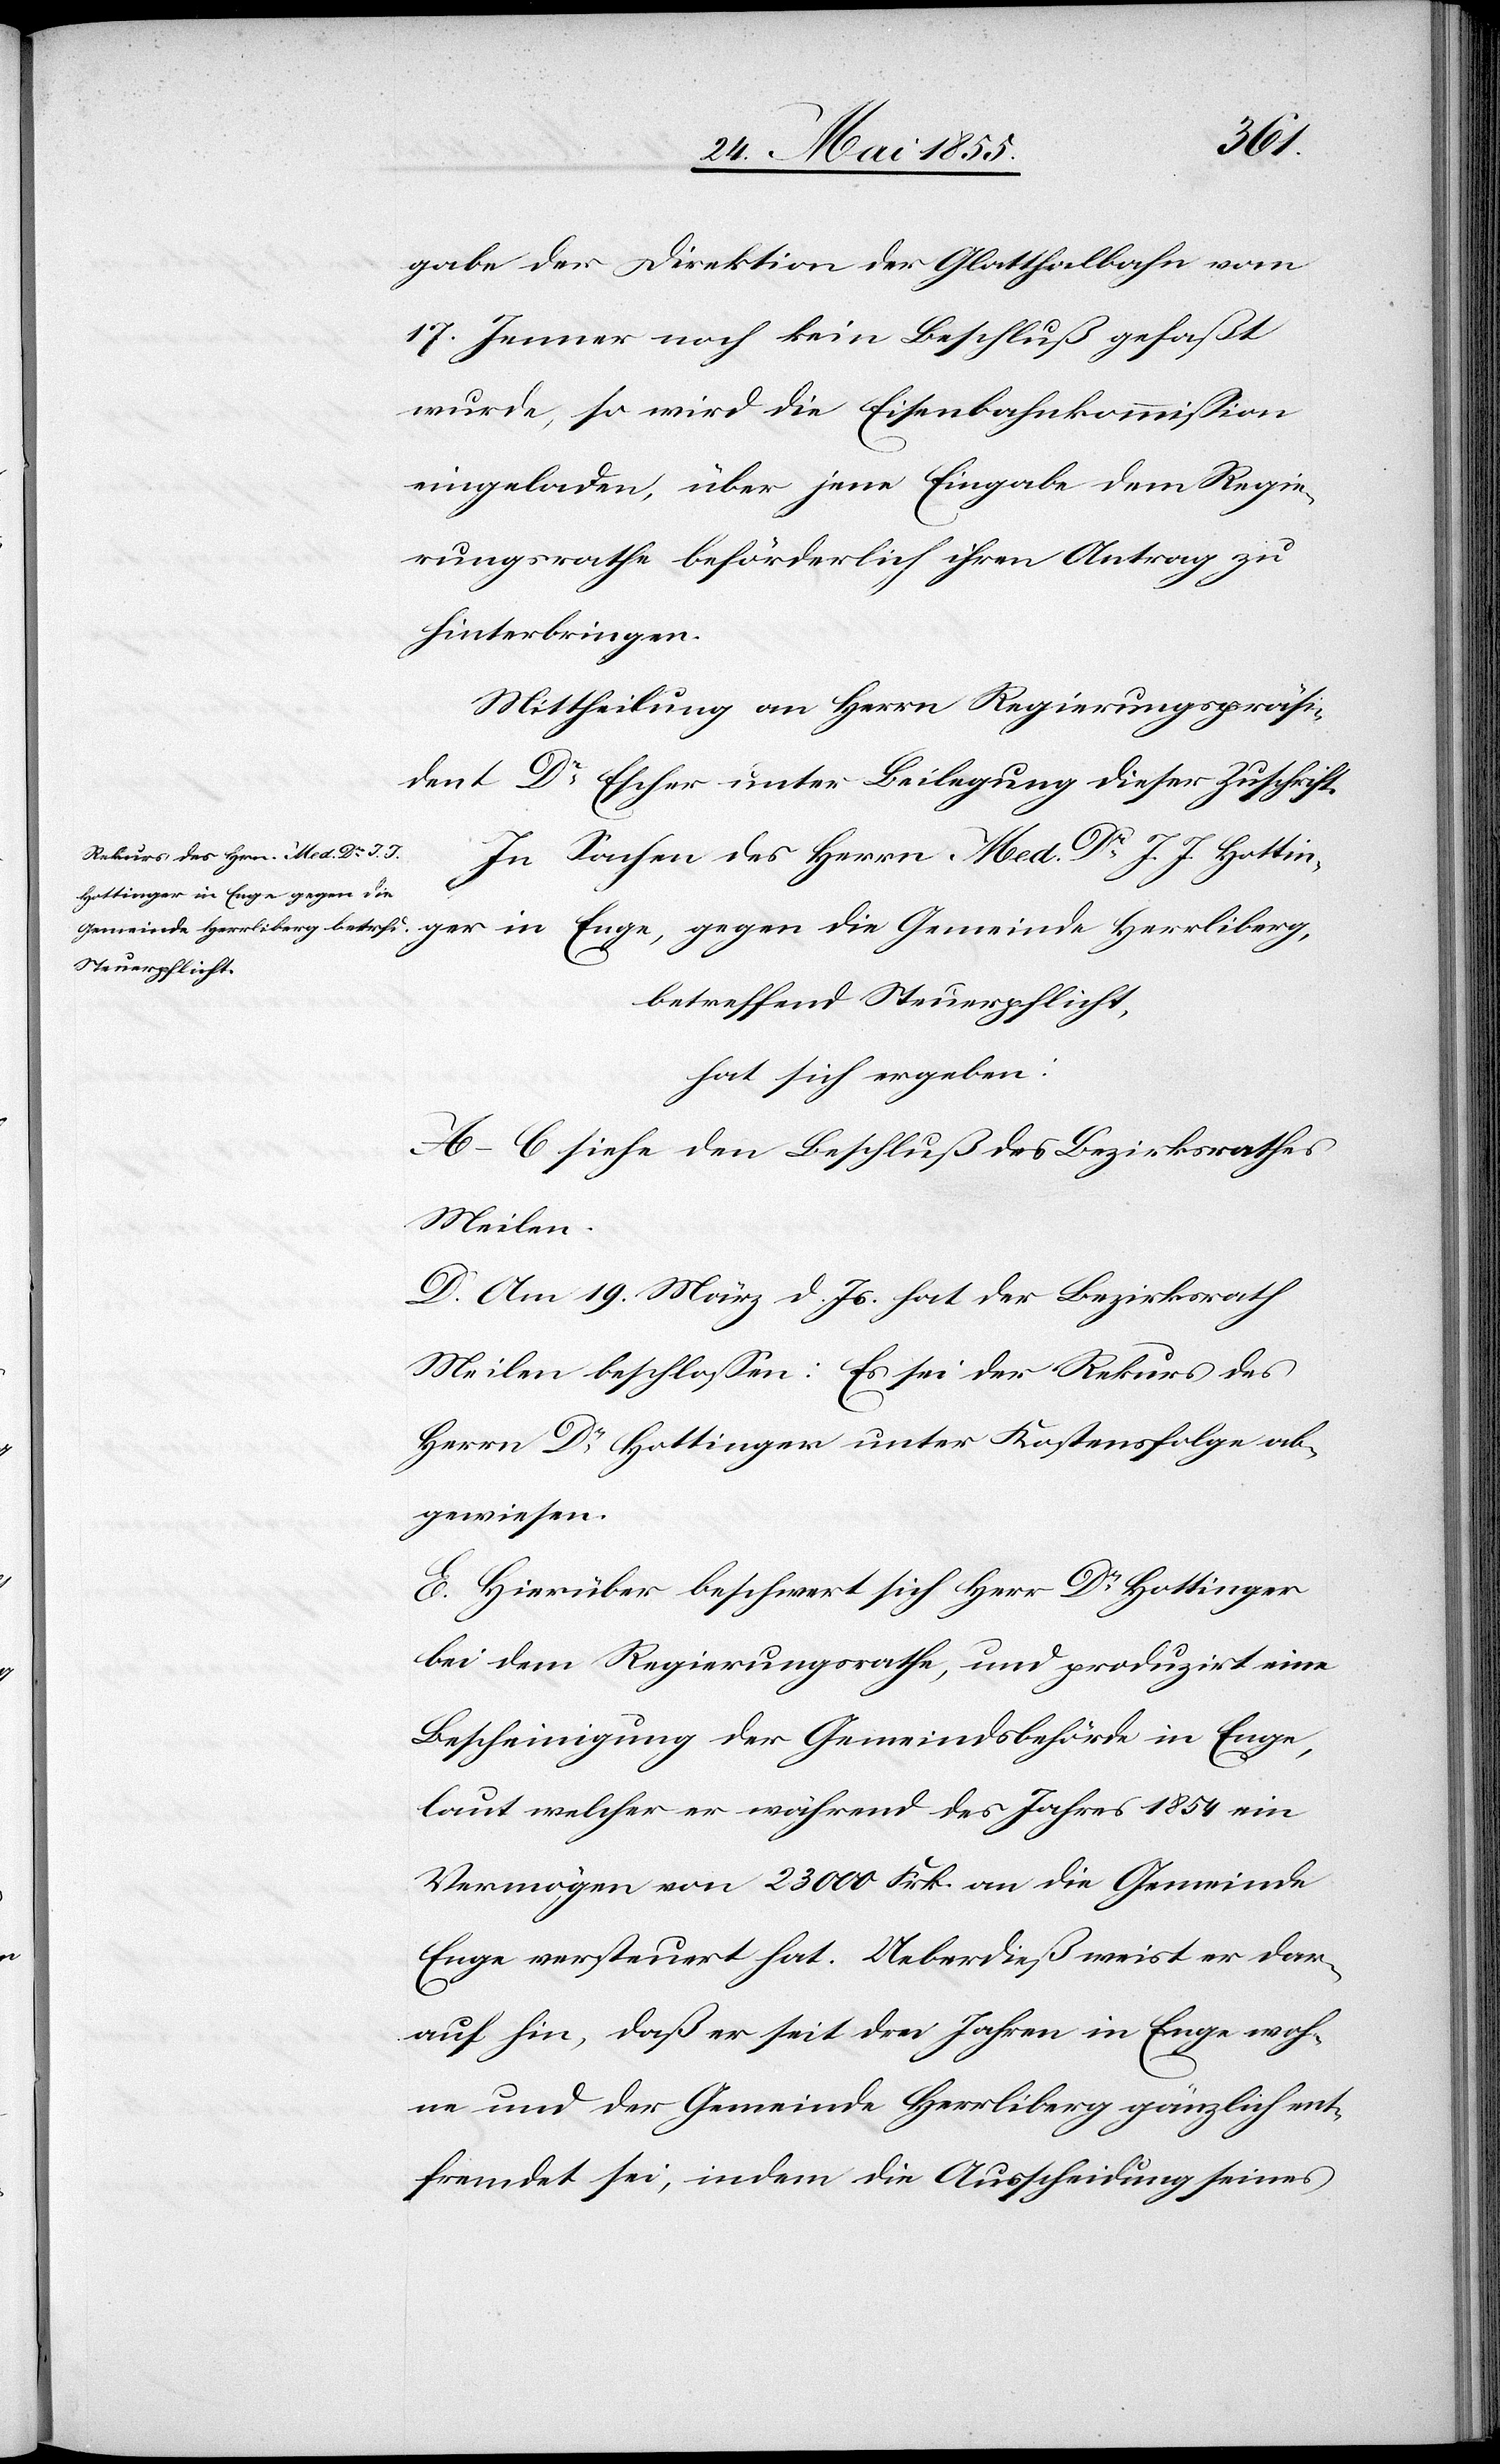
gabe der Direktion der Glatthalbahn vom
17. Jenner noch kein Beschluß gefaßt
wurde, so wird die Eisenbahnkommission
eingeladen, über jene Eingabe dem Regie¬
rungsrathe beförderlich ihren Antrag zu
hinterbringen.
Mittheilung an Herrn Regierungspräsi¬
dent Dr Escher unter Beilegung dieser Zuschrift.
In Sachen des Herrn Med. Dr J. J. Hot¬
tinger in Enge, gegen die
betreffend Steuerpflicht,
hat sich ergeben:
A–C siehe den Beschluß des Bezirksrathes
Meilen.
D. Am 19. März d. Js. hat der Bezirksrath
Meilen beschlossen: Es sei der Rekurs des
Herrn Dr Hottinger unter Kostensfolge ab¬
gewiesen.
E. Hierüber beschwert sich Herr Dr Hottinger
bei dem Regierungsrathe, und produzirt eine
Bescheinigung der Gemeindsbehörde in Enge,
laut welcher er während des Jahres 1854 ein
Vermögen von 23 000 Frk. an die Gemeinde
Enge versteuert hat. Ueberdieß weist er dar¬
auf hin, daß er seit drei Jahren in Enge woh¬
ne und der Gemeinde Herrliberg gänzlich ent¬
fremdet sei, indem die Ausscheidung seines